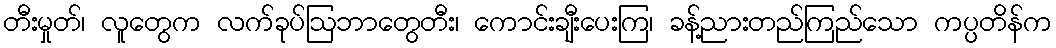
တီးမှုတ်၊ လူတွေက လက်ခုပ်ဩဘာတွေတီး၊ ကောင်းချီးပေးကြ၊ ခန့်ညားတည်ကြည်သော ကပ္ပတိန်က